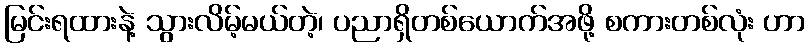
မြင်းရထားနဲ့ သွားလိမ့်မယ်တဲ့၊ ပညာရှိတစ်ယောက်အဖို့ စကားတစ်လုံး ဟာ